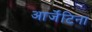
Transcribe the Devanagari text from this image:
आर्जेंटिना